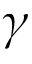
\gamma